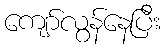
ကျော်လွန်နေပြီး